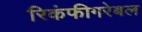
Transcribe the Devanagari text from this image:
रिकंफीगरेबल